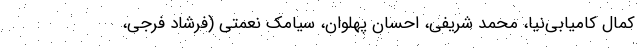
کمال کامیابی‌نیا، محمد شریفی، احسان پهلوان، سیامک نعمتی (فرشاد فرجی،